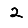
Digit: 2